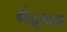
મોહમાયા